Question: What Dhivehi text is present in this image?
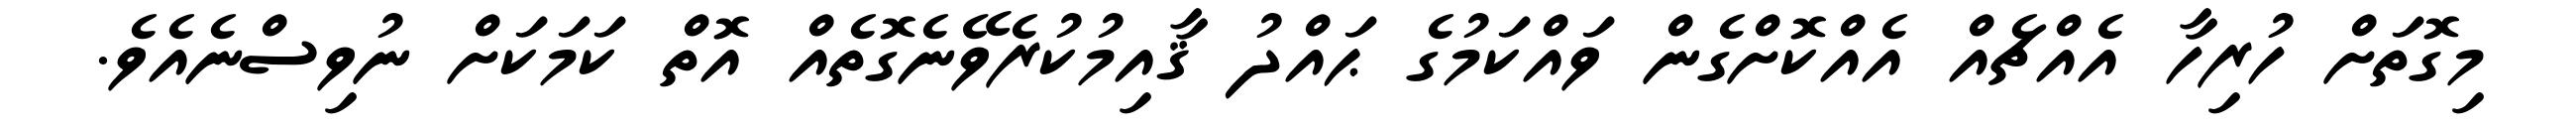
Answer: މިގޮތަށް ހުރިހާ އެއްޗެއް އެއްކޮށްގެން ވައްކަމުގެ ޙައްދު ޤާއިމުކުރެވޭނެގޮތެއް އޮތް ކަމަކަށް ނުވިސްނެއެވެ.